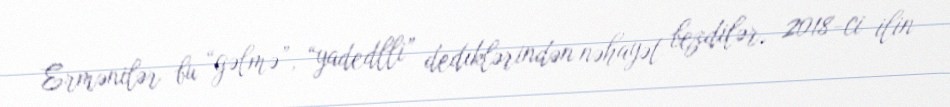
Ermənilər bu “gəlmə”, “yadedlli” dediklərindən nəhayət bezdilər, 2018-ci ilin